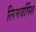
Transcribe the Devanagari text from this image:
लिमबर्गिश